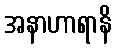
အနာဟာရာနိ